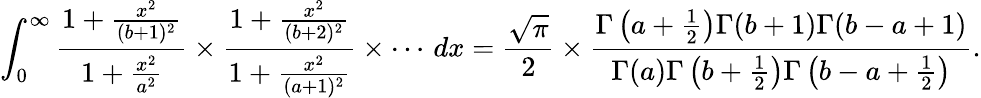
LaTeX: \int_{0}^{\infty}{\frac{1+{\frac{x^{2}}{(b+1)^{2}}}}{1+{\frac{x^{2}}{a^{2}}}}}\times{\frac{1+{\frac{x^{2}}{(b+2)^{2}}}}{1+{\frac{x^{2}}{(a+1)^{2}}}}}\times\cdots\, dx={\frac{\sqrt{\pi}}{2}}\times{\frac{\Gamma\left(a+{\frac{1}{2}}\right)\Gamma(b+1)\Gamma(b-a+1)}{\Gamma(a)\Gamma\left(b+{\frac{1}{2}}\right)\Gamma\left(b-a+{\frac{1}{2}}\right)}}.